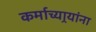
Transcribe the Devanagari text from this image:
कर्माच्यार्‍यांना